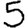
Digit: 5